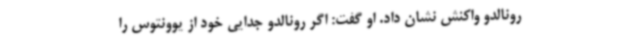
رونالدو واکنش نشان داد. او گفت: اگر رونالدو جدایی خود از یوونتوس را